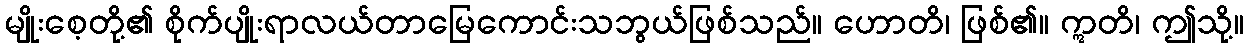
မျိုးစေ့တို့၏ စိုက်ပျိုးရာလယ်တာမြေကောင်းသဘွယ်ဖြစ်သည်။ ဟောတိ၊ ဖြစ်၏။ ဣတိ၊ ဤသို့။